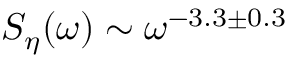
S _ { \eta } ( \omega ) \sim \omega ^ { - 3 . 3 \pm 0 . 3 }